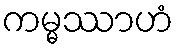
ကမ္မဿာဟံ